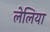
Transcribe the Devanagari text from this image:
लेलिया